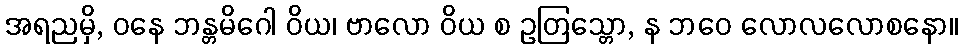
အရညမှိ, ဝနေ ဘန္တမိဂေါ ဝိယ၊ ဗာလော ဝိယ စ ဥတြသ္တော, န ဘဝေ လောလလောစနော။